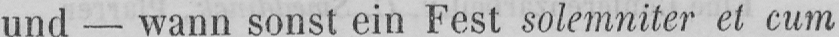
und - wann sonst ein Fest solemniter et cum